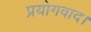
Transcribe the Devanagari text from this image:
प्रयोगवाद।